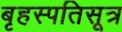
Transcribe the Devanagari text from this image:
बृहस्पतिसूत्र